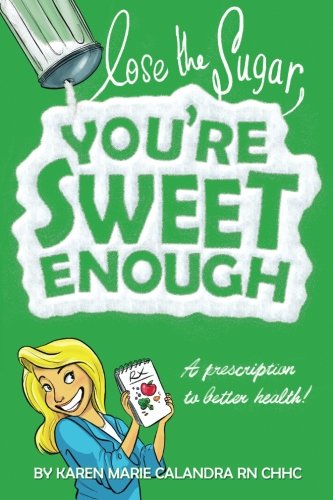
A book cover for Lose The Sugar, You're Sweet Enough: A Whole Foods Prescription To Better Health; Karen Marie Calandra R.N.; Cookbooks, Food & Wine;